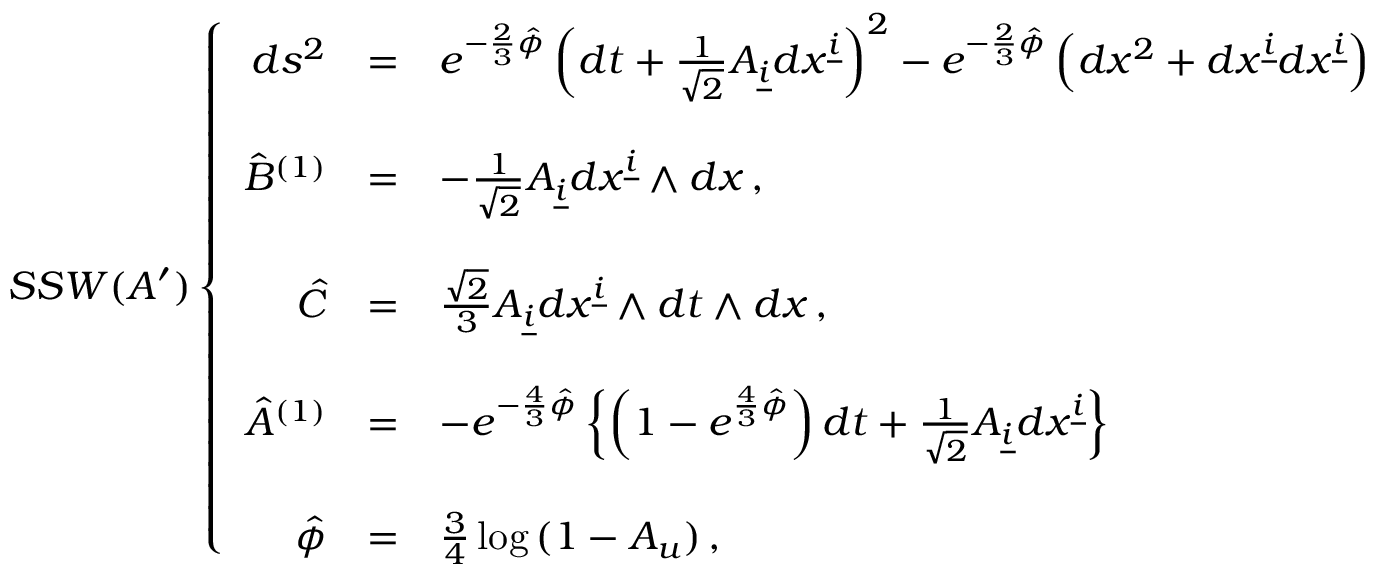
S S W ( A ^ { \prime } ) \left\{ \begin{array} { r c l } { { d s ^ { 2 } } } & { { = } } & { { e ^ { - \frac { 2 } { 3 } \hat { \phi } } \left( d t + { \textstyle \frac { 1 } { \sqrt { 2 } } } { \cal A } _ { \underline { { { i } } } } d x ^ { \underline { { { i } } } } \right) ^ { 2 } - e ^ { - \frac { 2 } { 3 } \hat { \phi } } \left( d x ^ { 2 } + d x ^ { \underline { { { i } } } } d x ^ { \underline { { { i } } } } \right) } } \\ { { } } & { { } } & { { } } \\ { { \hat { B } ^ { ( 1 ) } } } & { { = } } & { { - { \textstyle \frac { 1 } { \sqrt { 2 } } } { \cal A } _ { \underline { { { i } } } } d x ^ { \underline { { { i } } } } \wedge d x \, , } } \\ { { } } & { { } } & { { } } \\ { { \hat { C } } } & { { = } } & { { { \textstyle \frac { \sqrt { 2 } } { 3 } } { \cal A } _ { \underline { { { i } } } } d x ^ { \underline { { { i } } } } \wedge d t \wedge d x \, , } } \\ { { } } & { { } } & { { } } \\ { { \hat { A } ^ { ( 1 ) } } } & { { = } } & { { - e ^ { - \frac { 4 } { 3 } \hat { \phi } } \left\{ \left( 1 - e ^ { \frac { 4 } { 3 } \hat { \phi } } \right) d t + { \textstyle \frac { 1 } { \sqrt { 2 } } { \cal A } _ { \underline { { { i } } } } d x ^ { \underline { { { i } } } } } \right\} } } \\ { { } } & { { } } & { { } } \\ { { \hat { \phi } } } & { { = } } & { { { \textstyle \frac { 3 } { 4 } } \log { ( 1 - { \cal A } _ { u } ) } \, , } } \end{array} \right.